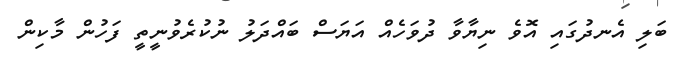
ބަލި އެނދުގައި އޮވެ ނިޔާވާ ދުވަހެއް އަޔަސް ބައްދަލު ނުކުރެވުނީތީ ފަހުން މާކިން